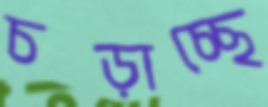
চড়াচ্ছে